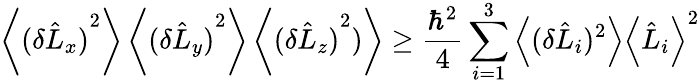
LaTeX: \left\langle{(\delta{\hat{L}}_{x})}^{2}\right\rangle\left\langle{(\delta{\hat{L}}_{y})}^{2}\right\rangle\left\langle{(\delta{\hat{L}}_{z})}^{2})\right\rangle\geq{\frac{\hbar^{2}}{4}}\sum_{i=1}^{3}\left\langle(\delta{\hat{L}}_{i})^{2}\right\rangle\left\langle{\hat{L}}_{i}\right\rangle^{2}